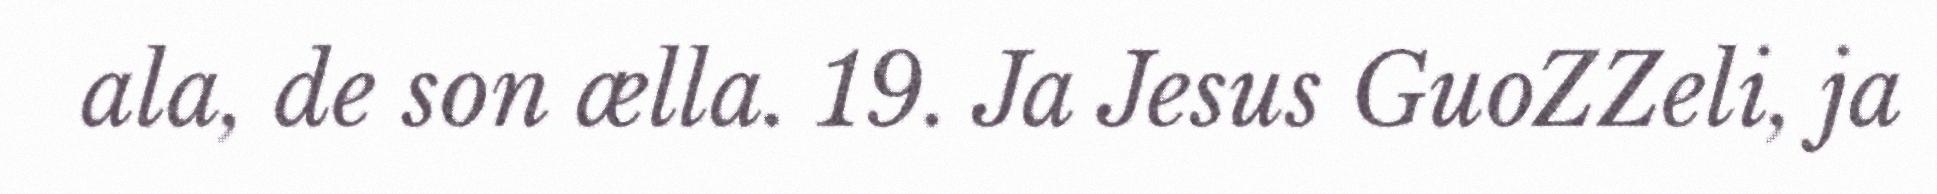
ala, de son ælla. 19. Ja Jesus GuoZZeli, ja